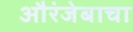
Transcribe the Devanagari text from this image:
औरंजेबाचा